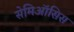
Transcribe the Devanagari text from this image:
सेमिऑसिस